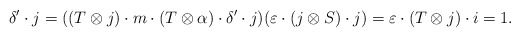
\begin{align*} \delta'\cdot{}j= ((T\otimes j)\cdot{}m\cdot{}(T\otimes\alpha)\cdot{}\delta'\cdot{}j)(\varepsilon\cdot{}(j\otimes S)\cdot{}j)= \varepsilon\cdot{}(T\otimes j)\cdot{}i=1. \end{align*}